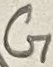
Text: G